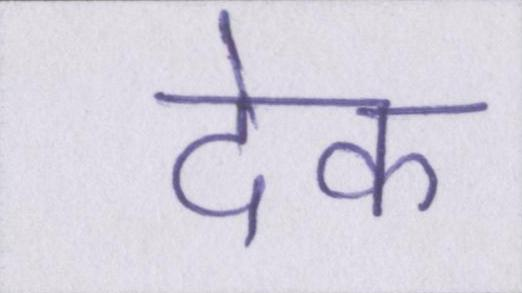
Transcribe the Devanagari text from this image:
देक